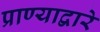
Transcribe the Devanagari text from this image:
प्राण्याद्वारे